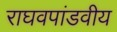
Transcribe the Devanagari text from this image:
राघवपांडवीय